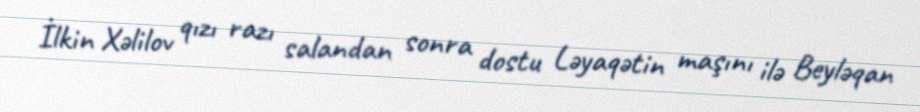
İlkin Xəlilov qızı razı salandan sonra dostu Ləyaqətin maşını ilə Beyləqan